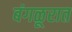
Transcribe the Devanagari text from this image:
बंगळूरात